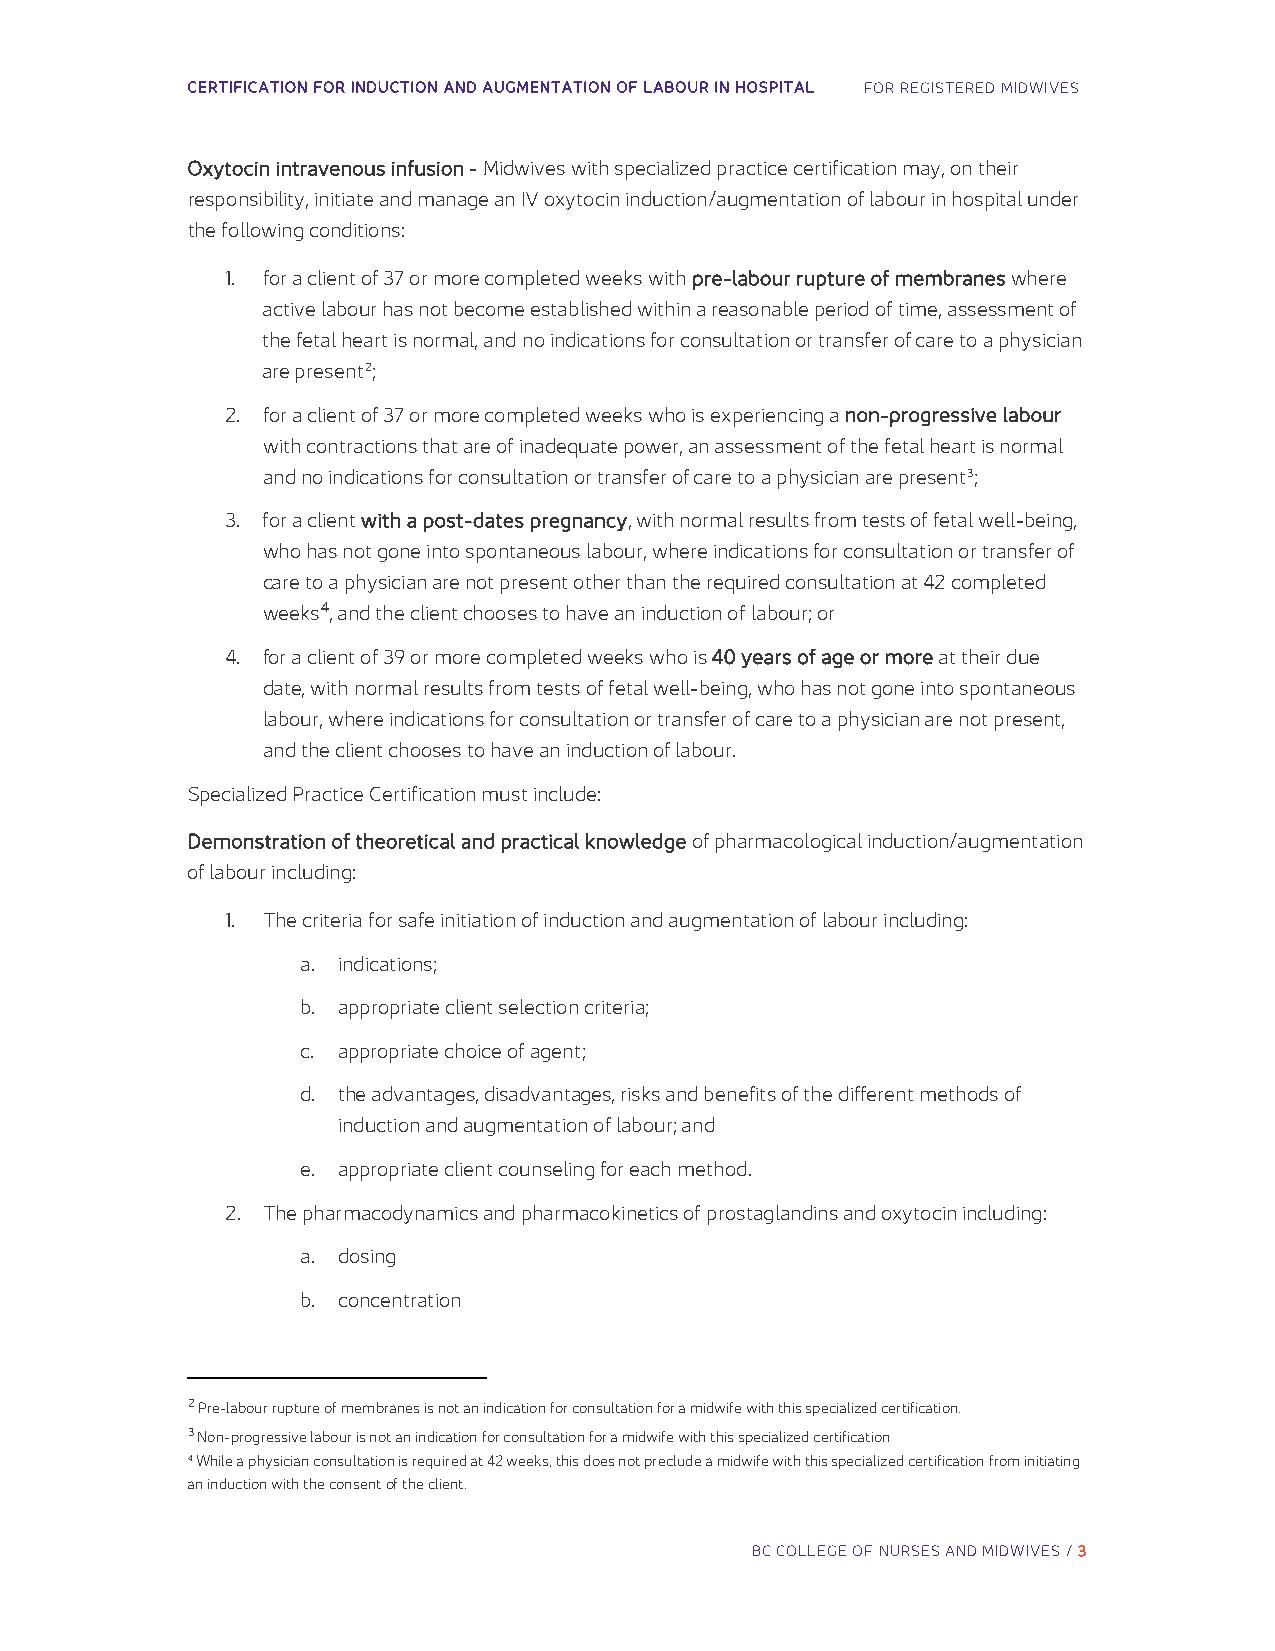
CERTIFICATION FOR INDUCTION AND AUGMENTATION OF LABOUR IN HOSPITAL FOR REGISTERED MIDWIVES
 Oxytocin intravenous infusion - Midwives with specialized practice certification may, on their
 responsibility, initiate and manage an IV oxytocin induction/augmentation of labour in hospital under
 the following conditions:
 1. for a client of 37 or more completed weeks with pre-labour rupture of membranes where
 active labour has not become established within a reasonable period of time, assessment of
 the fetal heart is normal, and no indications for consultation or transfer of care to a physician
 are present2;
 2. for a client of 37 or more completed weeks who is experiencing a non-progressive labour
 with contractions that are of inadequate power, an assessment of the fetal heart is normal
 and no indications for consultation or transfer of care to a physician are present3;
 3. for a client with a post-dates pregnancy, with normal results from tests of fetal well-being,
 who has not gone into spontaneous labour, where indications for consultation or transfer of
 care to a physician are not present other than the required consultation at 42 completed
 weeks4, and the client chooses to have an induction of labour; or
 4. for a client of 39 or more completed weeks who is 40 years of age or more at their due
 date, with normal results from tests of fetal well-being, who has not gone into spontaneous
 labour, where indications for consultation or transfer of care to a physician are not present,
 and the client chooses to have an induction of labour.
 Specialized Practice Certification must include:
 Demonstration of theoretical and practical knowledge of pharmacological induction/augmentation
 of labour including:
 1. The criteria for safe initiation of induction and augmentation of labour including:
 a. indications;
 b. appropriate client selection criteria;
 c. appropriate choice of agent;
 d. the advantages, disadvantages, risks and benefits of the different methods of
 induction and augmentation of labour; and
 e. appropriate client counseling for each method.
 2. The pharmacodynamics and pharmacokinetics of prostaglandins and oxytocin including:
 a. dosing
 b. concentration
 2 Pre-labour rupture of membranes is not an indication for consultation for a midwife with this specialized certification.
 3 Non-progressive labour is not an indication for consultation for a midwife with this specialized certification
 4 While a physician consultation is required at 42 weeks, this does not preclude a midwife with this specialized certification from initiating
 an induction with the consent of the client.
 BC COLLEGE OF NURSES AND MIDWIVES / 3